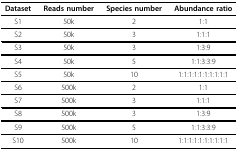
<table><thead><tr><td><b>Dataset</b></td><td><b>Reads number</b></td><td><b>Species number</b></td><td><b>Abundance ratio</b></td></tr></thead><tbody><tr><td>S1</td><td>50k</td><td>2</td><td>1:1</td></tr><tr><td>S2</td><td>50k</td><td>3</td><td>1:1:1</td></tr><tr><td>S3</td><td>50k</td><td>3</td><td>1:3:9</td></tr><tr><td>S4</td><td>50k</td><td>5</td><td>1:1:3:3:9</td></tr><tr><td>S5</td><td>50k</td><td>10</td><td>1:1:1:1:1:1:1:1:1:1</td></tr><tr><td>S6</td><td>500k</td><td>2</td><td>1:1</td></tr><tr><td>S7</td><td>500k</td><td>3</td><td>1:1:1</td></tr><tr><td>S8</td><td>500k</td><td>3</td><td>1:3:9</td></tr><tr><td>S9</td><td>500k</td><td>5</td><td>1:1:3:3:9</td></tr><tr><td>S10</td><td>500k</td><td>10</td><td>1:1:1:1:1:1:1:1:1:1</td></tr></tbody></table>